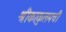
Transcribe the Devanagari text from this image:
श्रीकाकुलमची